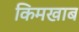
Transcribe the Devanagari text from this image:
किमखाब